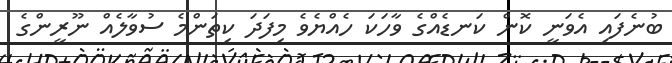
ބުނެފައި އެވަނީ ކޮން ކަނޑެެއްގެ ވާހަކަ ހެއްޔެވެ މިފަދަ ކިތަންމެ ސުވާލެއް ނޫރީންގެ